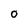
Character: o